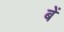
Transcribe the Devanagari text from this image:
बें